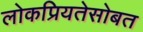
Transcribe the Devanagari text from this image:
लोकप्रियतेसोबत